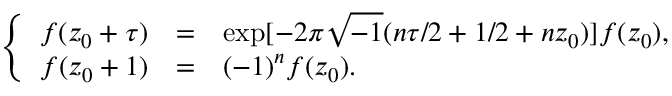
\left\{ \begin{array} { r c l } { { f ( z _ { 0 } + \tau ) } } & { { = } } & { { \exp [ - 2 \pi \sqrt { - 1 } ( n \tau / 2 + 1 / 2 + n z _ { 0 } ) ] f ( z _ { 0 } ) , } } \\ { { f ( z _ { 0 } + 1 ) } } & { { = } } & { { ( - 1 ) ^ { n } f ( z _ { 0 } ) . } } \end{array} \right.